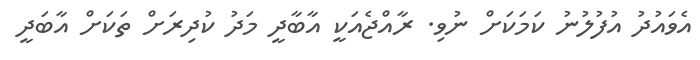
އެވައުދު އުފުލުނު ކަމަކަށް ނުވި. ރާއްޖެއަކީ އާބާދީ މަދު ކުދިރަށް ތަކަށް އާބަދީ